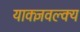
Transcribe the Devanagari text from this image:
याक्ज्ञवल्क्य